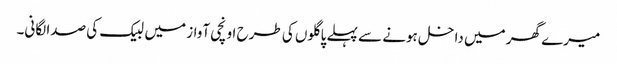
میرے گھر میں داخل ہونے سے پہلے پاگلوں کی طرح اونچی آواز میں لبیک کی صدا لگانی۔